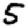
Digit: 5